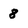
Character: 8